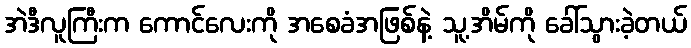
အဲဒီလူကြီးက ကောင်လေးကို အစေခံအဖြစ်နဲ့ သူ့အိမ်ကို ခေါ်သွားခဲ့တယ်